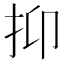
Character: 抑